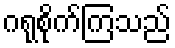
ဂရုစိုက်ကြသည်